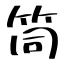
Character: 筒